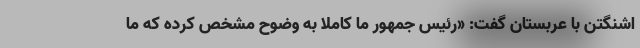
اشنگتن با عربستان گفت: «رئیس جمهور ما کاملا به وضوح مشخص کرده که ما